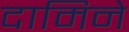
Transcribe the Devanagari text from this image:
दामिने